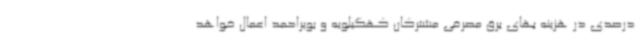
درصدی در هزینه بهای برق مصرفی مشترکان کهگیلویه و بویراحمد اعمال خواهد